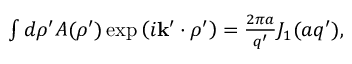
\begin{array} { r } { \int d \boldsymbol { \rho } ^ { \prime } A ( \boldsymbol { \rho } ^ { \prime } ) \exp \left( i \mathbf { k } ^ { \prime } \cdot \boldsymbol { \rho } ^ { \prime } \right) = \frac { 2 \pi a } { q ^ { \prime } } J _ { 1 } ( a q ^ { \prime } ) , } \end{array}